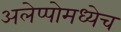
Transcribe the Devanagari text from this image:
अलेप्पोमध्येच